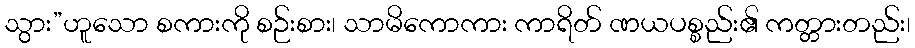
သွား”ဟူသော စကားကို စဉ်းစား၊ သာမိကောကား ကာရိတ် ဏယပစ္စည်း၏ ကတ္တားတည်း၊